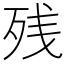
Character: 残